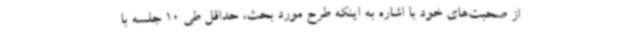
از صحبت‌های خود با اشاره به اینکه طرح مورد بحث، حداقل طی 10 جلسه با